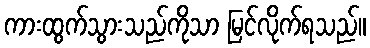
ကားထွက်သွားသည်ကိုသာ မြင်လိုက်ရသည်။